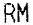
RM